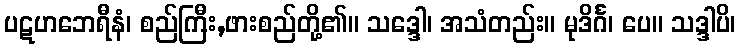
ပဋဟဘေရီနံ၊ စည်ကြီး,ဖားစည်တို့၏။ သဒ္ဒေါ၊ အသံတည်း။ မုဒိင်္ဂ၊ ပေ။ သဒ္ဒါပိ၊